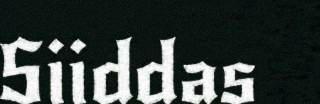
Siiddas